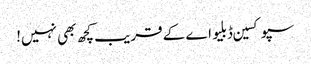
سپوکسین ڈبلیو اے کے قریب کچھ بھی نہیں!